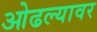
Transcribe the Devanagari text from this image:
ओढल्यावर